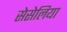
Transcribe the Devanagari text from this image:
सेसेलिया